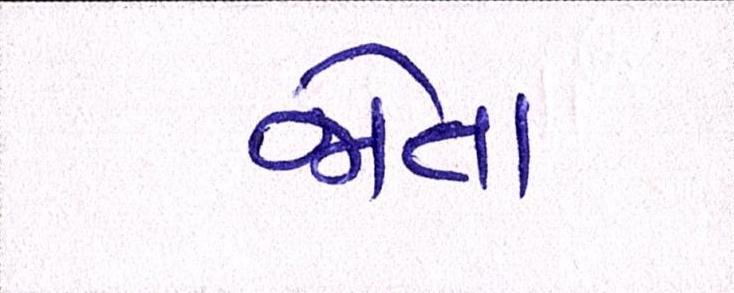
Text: જોતા